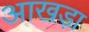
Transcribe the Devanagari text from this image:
आखड़ा